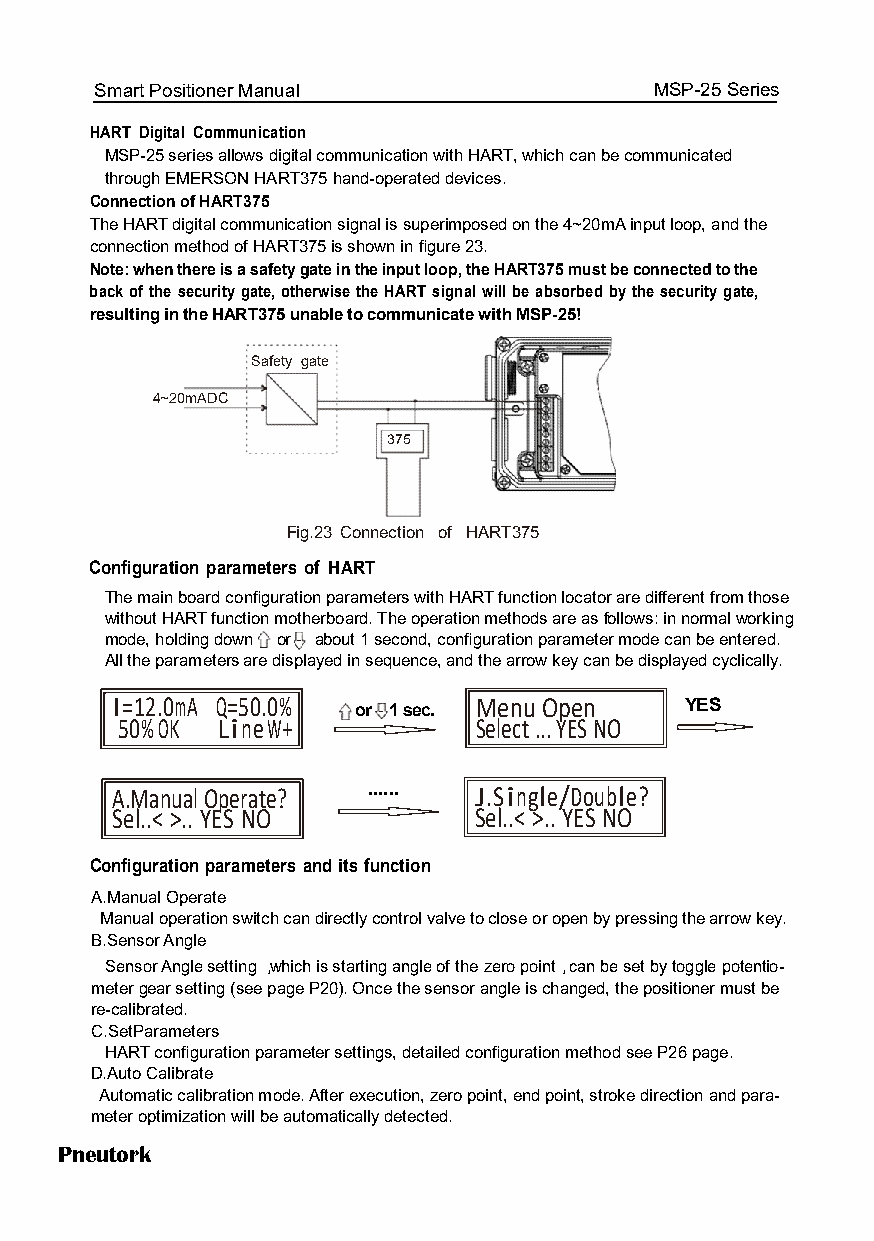
Smart Positioner Manual              MSP-25 Series
 HART Digital Communication
 MSP-25 series allows digital communication with HART, which can be ccoommmmuunniiccaatteedd
 through EMERSON HART375 hand-operated devices.
 Connection of HART375
 The HART digital communication signal is superimposed on the 4~20mA iinnppuutt loop, and the
 connection method of HART375 is shown in figure 23.
 Note: when there is a safety gate in the input loop, the HART375 must be ccoonnnneecctteedd to the
 bbaacckk ooff tthhee sseeccuurriittyy ggaattee,, ootthheerrwwiissee tthhee HHAARRTT ssiiggnnaall wwiillll bbee aabbssoorrbbeedd bbyy tthhee sseeccuurriittyy ggaattee,,
 resulting in the HART375 unable to communicate with MSP-25!
 Safety gate
 4~20mADC
 375
 Fig.23 Connection of HART375
 Configuration parameters of HART
 The main board confifigguurraattiioonn ppaarraammeetteerrss wwiitthh HHAARRTT ffuunnccttiioonn llooccaattoorr aarree ddiiffffeerreenntt ffrroomm tthhoossee
 without HART function motherboard. The operation methods are as ffoolllloowwss:: in normal working
 mode, holding down or - about 1 second, confifigguurraattiioonn ppaarraammeetteerr mmooddee ccaann bbee eenntteerreedd..
 All the parameters are displayed in sequence, and the arrow key can be displayed cyclically.
 I=12.0mA Q=50.0% or - 1 sec. Menu Open YES
 50% OK Line W+          Select ... YES NO
 A.Manual Operate? ...... J.Single/Doublee?
 Sel..< >.. YES NO       Sel..< >.. YES NO
 Configuration parameters and its function
 A.Manual Operate
 Manual operation switch can directly control valve to close or open by pprreessssiinngg the arrow key.
 B.Sensor Angle
 Sensor Angle setting ，which is starting angle of the zero point，can be sseett by toggle potentio-
 meter ggeeaarr sseettttiinngg ((sseeee ppaaggee PP2200)).. OOnnccee tthhee sseennssoorr aannggllee iiss cchhaannggeedd,, tthhee ppoossiittiioonneerr mmuusstt bbee
 re-calibrated.
 C.SetParameters
 HART configuration parameter settings, detailed confifigguurraattiioonn mmeetthhoodd sseeee PP2266 ppaaggee..
 D.Auto Calibrate
 AAuuttoommaattiicc ccaalliibbrraattiioonn mmooddee.. AAfftteerr eexxeeccuuttiioonn,, zzeerroo ppooiinntt,, eenndd ppooiinntt,, ssttrrookkee ddiirreeccttiioonn aanndd ppaarraa-
 meter optimization will be automatically detected.
 Pneutork